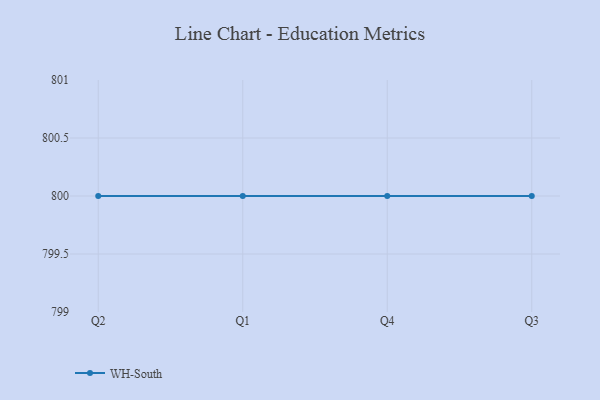
{"axis": {"x": "Quarter", "y": "Headcount"}, "legend": ["WH-South"], "data": [{"x": "Q2", "y": 800, "type": "WH-South"}, {"x": "Q1", "y": 800, "type": "WH-South"}, {"x": "Q4", "y": 800, "type": "WH-South"}, {"x": "Q3", "y": 800, "type": "WH-South"}]}